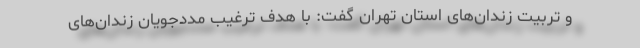
و تربیت زندان‌های استان تهران گفت: با هدف ترغیب مددجویان زندان‌های